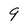
Character: 9